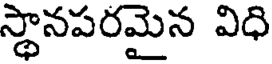
స్థానపరమైన విధి